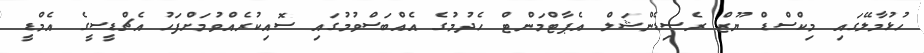
ހުޅުމާލޭގައި މިކްސްޑް ޔޫޒް ރެސިޑެންޝަލް އެޕާޓްމަންޓް ހެދުމުގެ އެއްބަސްވުމުގައި ސޮއިކުރެއްވުމަށްފަހު އެޗްޑީސީގެ އެމްޑީ